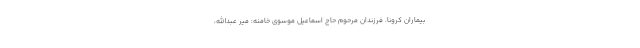
بیماران کرونا. فرزندان مرحوم حاج اسماعیل موسوی خامنه: میر عبدالله،